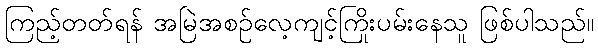
ကြည့်တတ်ရန် အမြဲအစဉ်လေ့ကျင့်ကြိုးပမ်းနေသူ ဖြစ်ပါသည်။